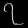
Digit: ၇